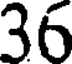
36